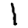
Digit: 1